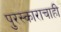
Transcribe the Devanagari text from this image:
पुरस्काराचाही